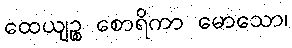
ထေယျဉ္စ စောရိကာ မောသော၊